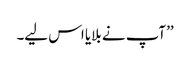
’’آپ نے بلایا اس لیے۔